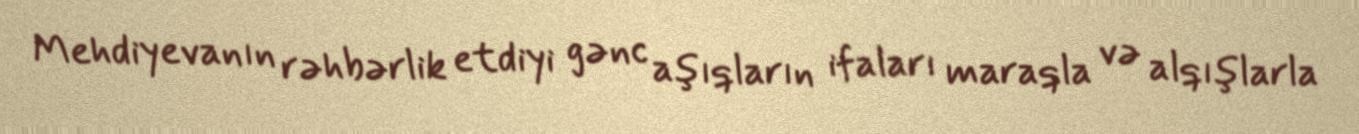
Mehdiyevanın rəhbərlik etdiyi gənc aşıqların ifaları maraqla və alqışlarla